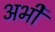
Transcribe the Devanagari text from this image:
अभीे